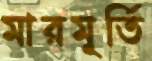
মারমূর্তি